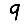
Digit: 9